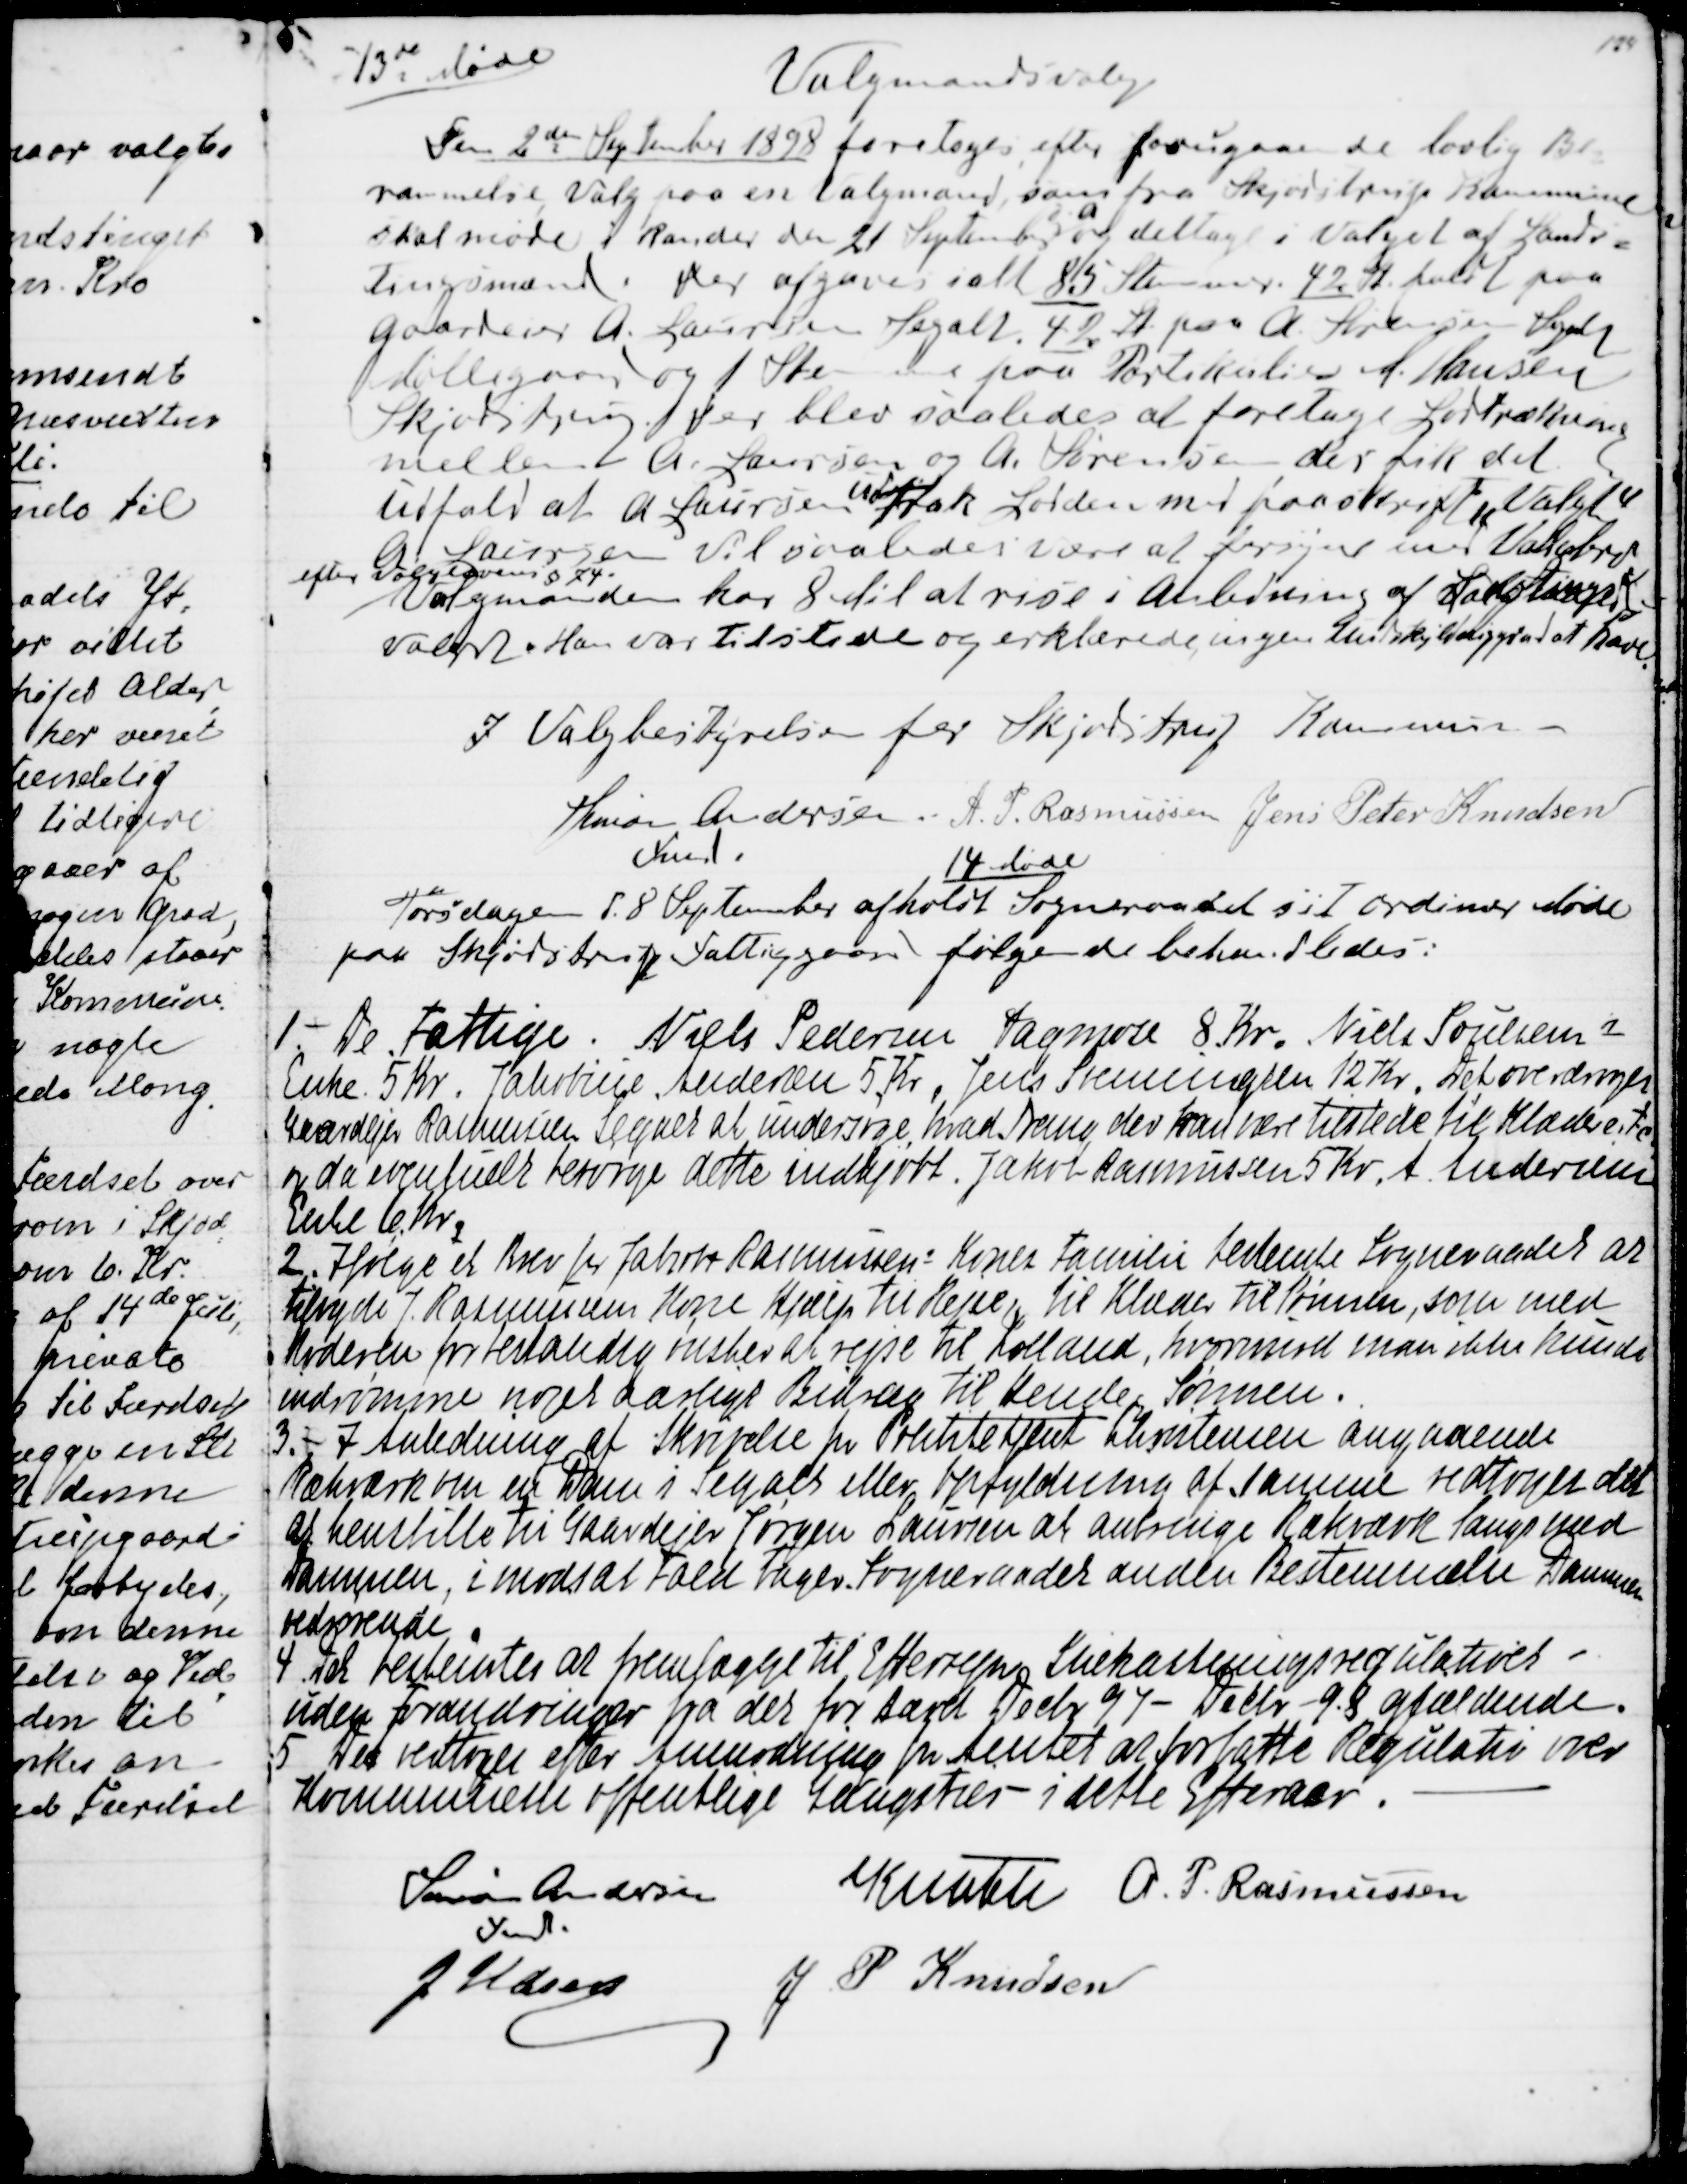
Transskription:
13de Møde
 Valgmandsvalg.
Den 2den September 1898 foretoges, efter foru
d
gaaende lovlig Be
=
rammelse, Valg paa en Valgmand, som fra Skødstrup Kommune
skal Møde i Rander den 21 September og deltage i Valget af Lands-
tingsmænd. Der afgaves ialt 85 Stemmer 42 holdt  paa
Gaardeier A. Laursen Segalt. 42 St paa A Sørensen Segalt
Møllegaard og 1 Stemme paa Partikulier L Hansen
Skjødstrup. Der var saledes at foretage Lodtrækning
mellem A. Laursen og A Sørensen der fik det
Udfald at A. Laursen
ud
trak Lodden med paaskrift "Valgt"
A. Laursen vil saaledes være at forsyne med Valgbrev
efter Valglovens § 74
Valgmanden har 8 Mil at rise i Anledning af Landstings
valget. Han var tilstede og erklærede,ingen Undskyldeliggrad at have.
 I Valgbestyrelsen for Skjødstrup Kommune
Simon Andersen
Fmd.
A. P. Rasmussen
Jens Peter Knudsen

14 Møde
Torsdagen d. 8. September afholdt Sogneraadet sit ordinær Møde
paa Skjødstrup Fattiggaard følgende behandledes:
1. - De Fattige: Niels Pedersen Tagmose 8. Kr. Niels Poulsens
Enke. 5 Kr. Jakobine Andersen 5, Kr, Jens Svenningsen 12 Kr. Det overdroges
Gaardejer Rasmussen Segalt at undersøge, hvad Trang der kan være tilstede til Klæder e.tc.
og da eventuelt besørge dette indkjøbt. Jakob Rasmussen 5 Kr, A Andersens
Enke 6. Kr.
2. Ifølge et Brev fra Jakob Rasmussens Kones Familie bedende Sogneraadet at 
tilbyde J. Rasmussens Kone Hjælp til Rejse, til Klæder til Sønnen, som med
Moderen for bestandig ønsker at rejse til Lolland, hvorimod man ikke kunde
indrømme noget aarligt Bidrag til Hende & Sønnen.
3. 
I Anledning af Skrivelse fra Politibetjent Christensen angaaende 
Rækværk om en Dam i Segalt eller Opfyldning af samme vedtoges det
at henstille til Gaardejer Jørgen Laursen at anbringe Rækværk langs med
Dammen, i modsat Fald tager Sogneraadet anden Bestemmelse Dammen
vedrørende.
4. Det bestemtes at fremlægge til Eftersyn Snekastningsregulativet -
uden Forandringer fra det for Aaret Decbr 97 - Decbr - 9.8 gjældende.
5. Det vedtoges efter Anmodning fra Amtet at forfatte Regulativ over
Kommunelle offentlige Gangstier - i dette Efteraar.
Simon Andersen
Fmd
Knuth
A. P. Rasmussen
J. Udsen
J P Knudsen